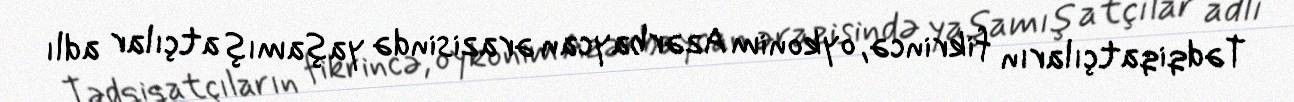
Tədqiqatçıların fikrincə, oykonim Azərbaycan ərazisində yaşamış atçılar adlı